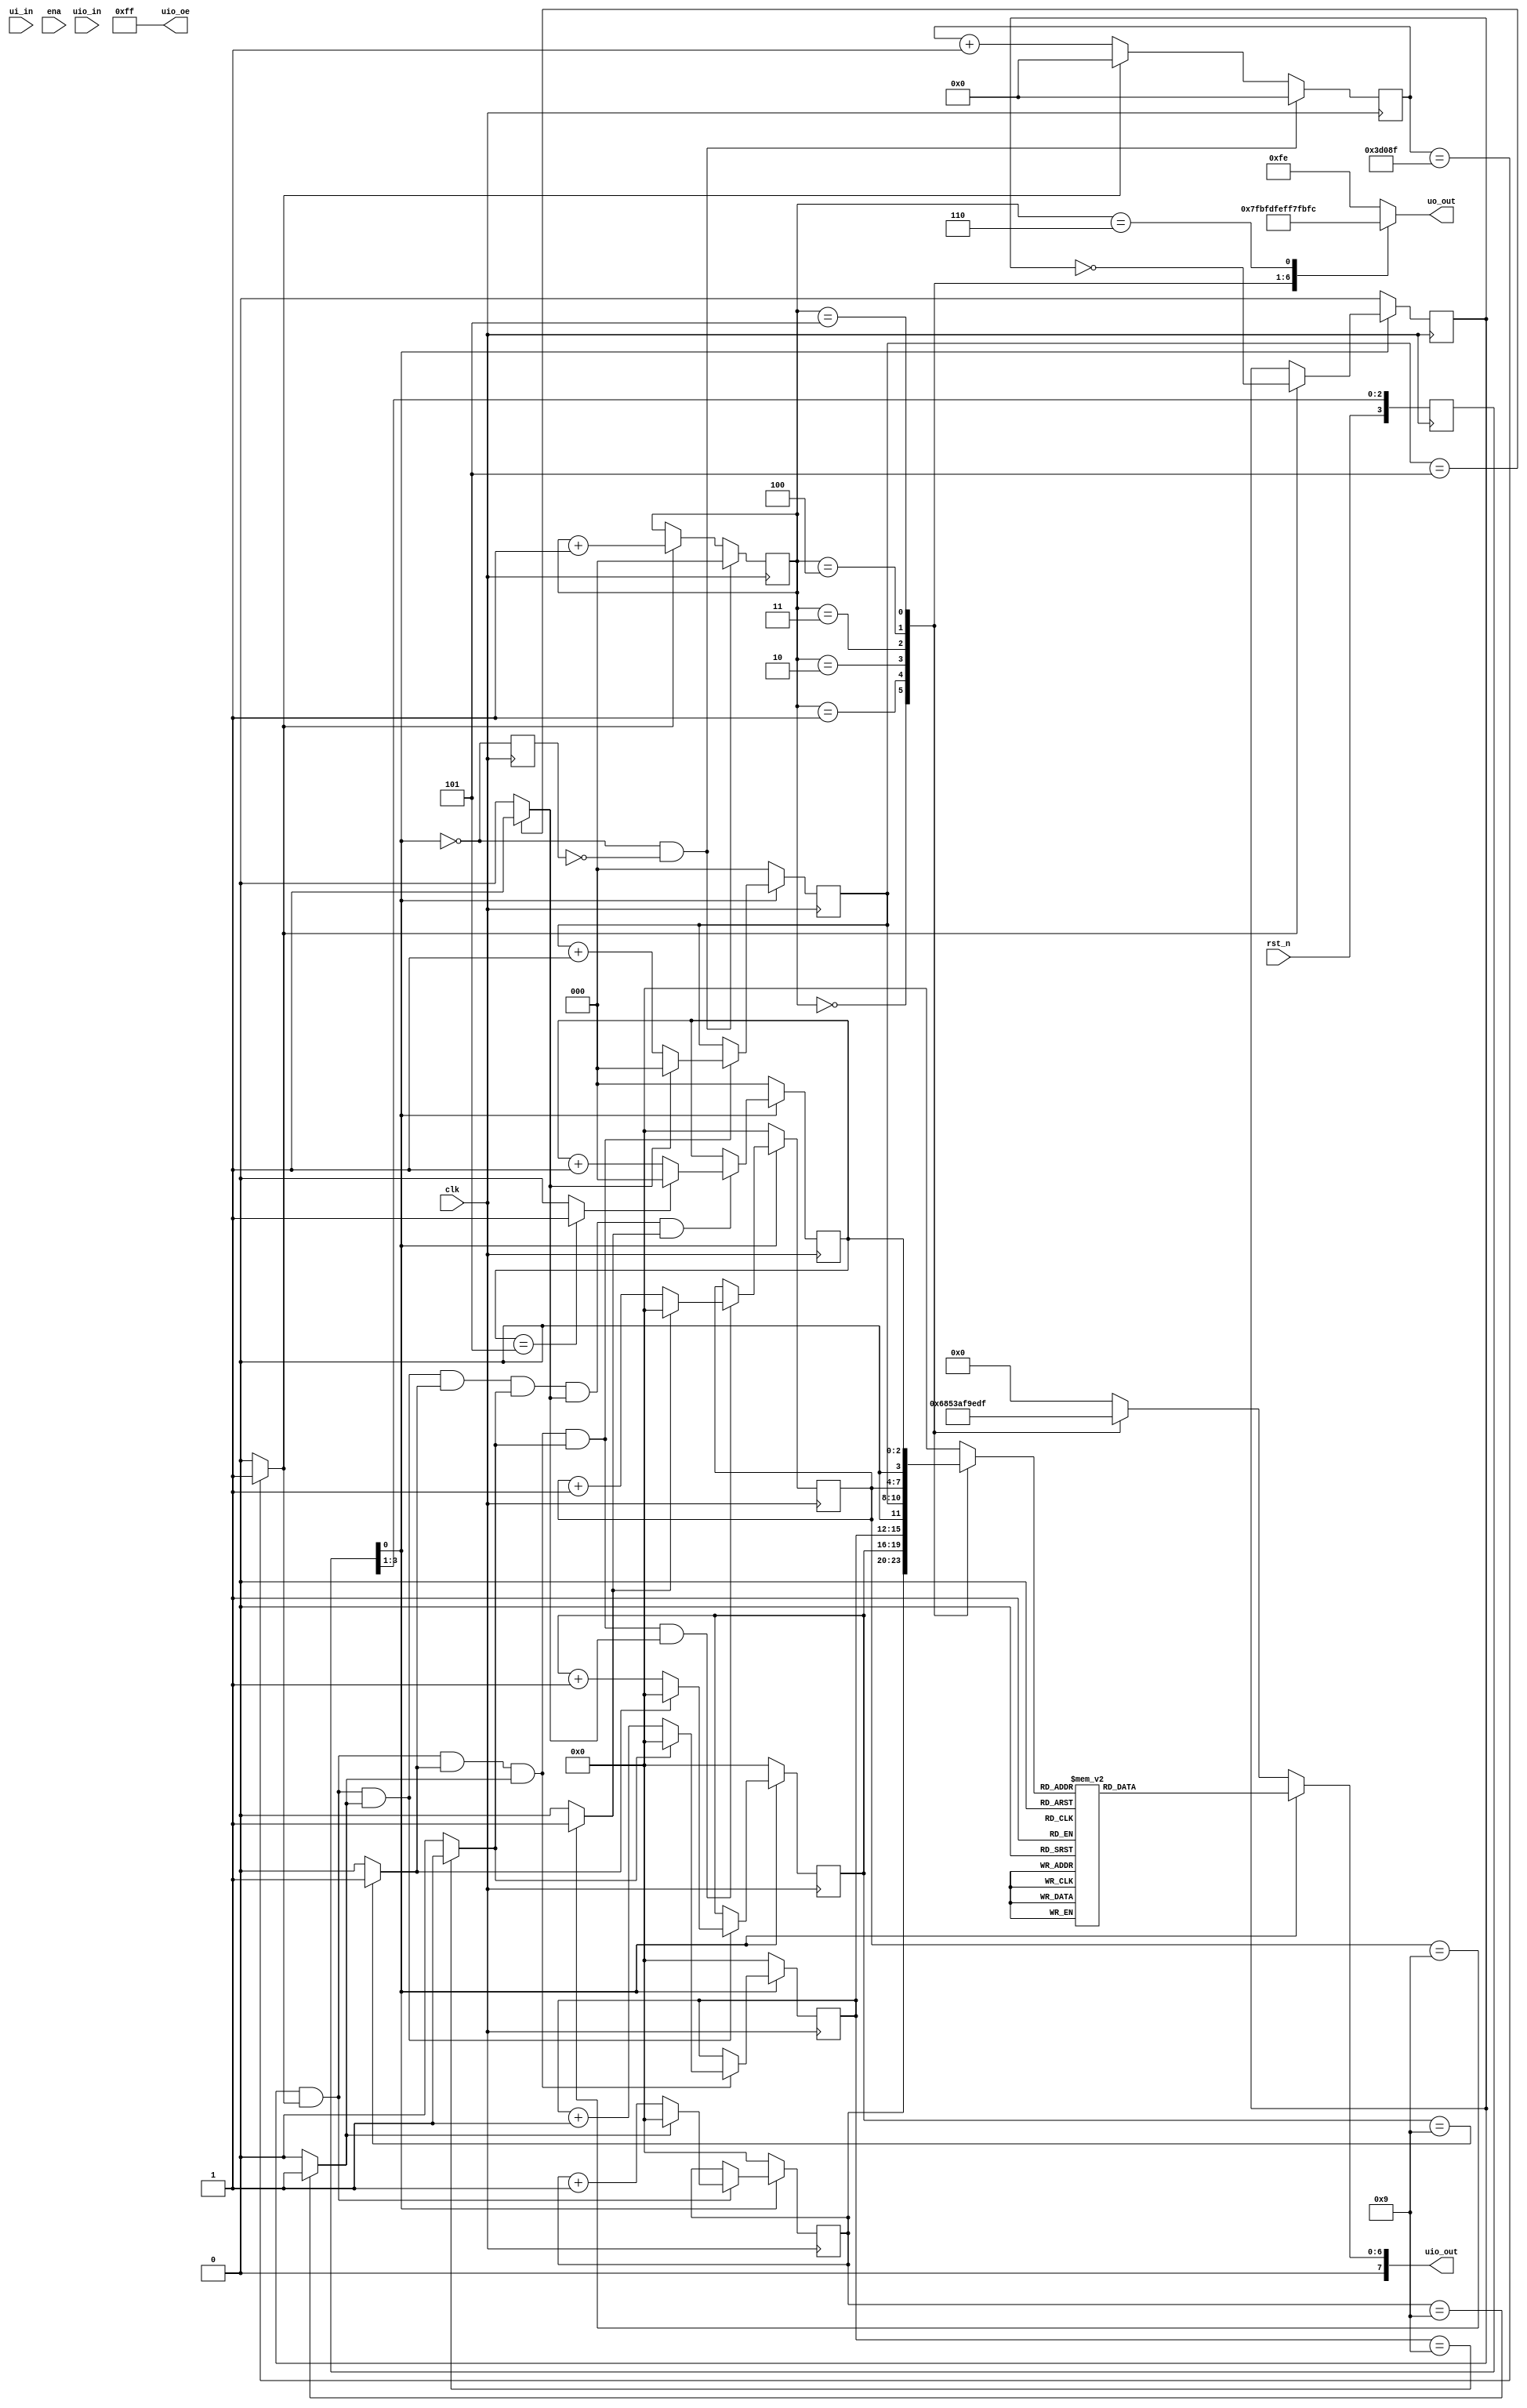
module tt_um_carlosgs99_cro_udg (
    input  wire [7:0] ui_in,  // Dedicated inputs - connected to the input switches
    output wire [7:0] uo_out, // Dedicated outputs - connected to the 7 segment display
    input  wire [7:0] uio_in, // IOs: Bidirectional Input path
    output wire [7:0] uio_out,// IOs: Bidirectional Output path
    output wire [7:0] uio_oe, // IOs: Bidirectional Enable path (active high: 0=input, 1=output)
    input  wire       ena,    // will go high when the design is enabled
    input  wire       clk,    // clock
    input  wire       rst_n   // reset_n - low to reset
);

//DECLARACION DE SEALES INTERNAS
//----reset
    reg [0:3] rst_n_meta;
    wire rst;
    reg rst_r;
    wire rst_edge;
//----boton start/stop
    reg [0:3] bt_meta;
    wire bt_me;
    reg [17:0] cont50;
    wire pls50;
    reg ff100;
    wire pls100;
    reg [2:0] conth;
    wire conth_z;
    wire bt_h;
    reg bt_h_r;
    wire bt_edge;
    reg ff_go;
    wire pls100go;

//----contadores
    reg [3:0] cent_u,cent_d,seg_u,min_u;
    reg [2:0] seg_d,min_d;
    wire cent_u_max,cent_d_max,seg_u_max,seg_d_max,min_u_max,min_d_max;

//-----deco 7 segmentos
    reg [2:0] cnt_sel;
    reg [3:0] bcd_mux;
    reg [0:6] seg7mux;
    reg [0:7] cat8;
    reg [0:6] ch_rst;
    wire [0:6] seg7;

///// CONEXIONES CON PUERTOS /////
    assign bt_ent = ui_in[0];
    assign uo_out = cat8;
    assign uio_oe[7:0] = 8'b1111_1111;  //All bidirectional paths used as outputs
    assign uio_out = {1'b0,seg7};

///// M E T A E S T A B I L I D A D   Y   B O T O N E S /////
//-----------------Metaestabilidad de rst_n--------------------
    always @(posedge clk)
        rst_n_meta[0:3] <= {rst_n,rst_n_meta[0:2]};
    assign rst = ~rst_n_meta[3];
//--------------rst_edge : flanco de rst_h----------------------
    always @(posedge clk)
        rst_r <= rst;
    assign rst_edge = rst & ~rst_r;

//------------------Metaestabilidad de bt_ent-----------------
    always @(posedge clk)
        bt_meta[0:3] <= {bt_ent,bt_meta[0:2]};
    assign bt_me = bt_meta[3];

//---------------Generador de seal pls100------------------
    always @(posedge clk)
    begin
        if ( rst_edge )
            cont50 <= 0;
        else if ( pls50 )
            cont50 <= 0;
        else
            cont50 <= cont50 + 1;
    end

    assign pls50 = (cont50 == 18'b11_1101_0000_1000_1111) ? 1 : 0;

    always @(posedge clk)
    begin
        if ( rst )
            ff100 <= 0;
        else if ( pls50 )
            ff100 <= ~ff100;
    end
    assign pls100 = ff100 & pls50;

//------------------------Histeresis bt_h-----------------------
    always @(posedge clk)
    begin
        if ( rst )
            conth <= 3'b000;
        else if ( bt_me )
            conth <= 3'b101;
        else if ( pls100 && !conth_z ) //Si hay pulso100 y conth an no es cero
            conth <= conth - 1;
    end
    assign conth_z = (conth == 3'b000) ? 1 : 0;
    assign bt_h = ~conth_z; //bt_h es 1 mientras el contador conth no es cero
//--------------bt_edge : flanco de bt_h----------------------
    always @(posedge clk)
        bt_h_r <= bt_h;
    assign bt_edge = bt_h & ~bt_h_r;

//------------------Proceso ff_go----------------------------
    always @(posedge clk)
    begin
        if ( rst )
            ff_go = 1'b0;
        else if ( bt_edge )
            ff_go = ~ff_go;
    end
//Al presionar el boton el ff se invierte, iniciando o parando los contadores
//Si ff_go =1, la seal pls100go activa los contadores
    assign pls100go = pls100 & ff_go;

///// C O N T A D O R E S /////
//Control de salidas-------------------------------------------------------------
    assign cent_u_max = (cent_u == 9) ? 1 : 0;
    assign cent_d_max = (cent_d == 9) ? 1 : 0;
    assign seg_u_max  = (seg_u  == 9) ? 1 : 0;
    assign seg_d_max  = (seg_d  == 5) ? 1 : 0;
    assign min_u_max  = (min_u  == 9) ? 1 : 0;
    assign min_d_max  = (min_d  == 5) ? 1 : 0;
//Control de unidades de centenas de segundo--------------------------------------
    always@(posedge clk)
    begin
        if(rst)
            cent_u = 0;
        else if(pls100)
        begin
            if(cent_u_max)
                cent_u = 0;
            else
                cent_u = cent_u+1;
        end
    end
//Control de decenas de centenas de segundo--------------------------------------
    always@(posedge clk)
    begin
        if(rst)
            cent_d = 0;
        else if(pls100 & cent_u_max)
        begin
            if(cent_d_max)
                cent_d = 0;
            else
                cent_d=cent_d+1;
        end
    end
//Control de unidades de segundo-------------------------------------------------
    always@(posedge clk)
    begin
        if(rst)
            seg_u = 0;
        else if(pls100 & cent_d_max & cent_u_max)
        begin
            if(seg_u_max )
                seg_u = 0;
            else
                seg_u = seg_u+1;
        end
    end
//Control de decenas de segundo--------------------------------------------------
    always@(posedge clk)
    begin
        if(rst)
            seg_d = 0;
        else if(pls100 & cent_d_max & cent_u_max & seg_u_max)
        begin
            if(seg_d_max )
                seg_d = 0;
            else
                seg_d = seg_d+1;
        end
    end
//Control de unidades de minuto-------------------------------------------------
    always@(posedge clk)
    begin
        if(rst)
            min_u = 0;
        else if(pls100 & cent_d_max & cent_u_max & seg_u_max & seg_d_max)
        begin
            if(min_u_max )
                min_u = 0;
            else
                min_u = min_u+1;
        end
    end
//Control de decenas de minuto--------------------------------------------------
    always@(posedge clk)
    begin
        if(rst)
            min_d = 0;
        else if(pls100 & cent_u_max & cent_d_max & seg_u_max & seg_d_max & min_u_max )
        begin
            if(min_d_max )
                min_d = 0;
            else
                min_d = min_d+1;
        end
    end

///// S E G 7 D E C O /////
//Contador para alternar caracteres a exhibir en el tiempo
    always @(posedge clk)
    begin
        if ( rst_edge )
            cnt_sel <= 3'b000;
        else if ( pls50 )
            cnt_sel <= cnt_sel + 1;
    end

//Multiplexor de 8 a 1, para entradas bcd
    always @(*)
    begin
        case ( cnt_sel )
            3'b000 : bcd_mux = cent_u;       
            3'b001 : bcd_mux = cent_d;       
            3'b010 : bcd_mux = seg_u;        
            3'b011 : bcd_mux = {1'b0,seg_d}; 
            3'b100 : bcd_mux = min_u;        
            3'b101 : bcd_mux = {1'b0,min_d}; 
            3'b110 : bcd_mux = 4'b0;            
            default: bcd_mux = 4'b0;           
        endcase
    end

//Decodificacion BCD a 7 segmentos
    always @(*)
    begin
        case ( bcd_mux )        // abcd_efg
            4'b0000 : seg7mux = {7'b1111_110} ; // 0
            4'b0001 : seg7mux = {7'b0110_000} ; // 1
            4'b0010 : seg7mux = {7'b1101_101} ; // 2
            4'b0011 : seg7mux = {7'b1111_001} ; // 3
            4'b0100 : seg7mux = {7'b0110_011} ; // 4
            4'b0101 : seg7mux = {7'b1011_011} ; // 5
            4'b0110 : seg7mux = {7'b1011_111} ; // 6
            4'b0111 : seg7mux = {7'b1110_000} ; // 7
            4'b1000 : seg7mux = {7'b1111_111} ; // 8
            4'b1001 : seg7mux = {7'b1111_011} ; // 9
            4'b1010 : seg7mux = {7'b1110_111} ; // A
            4'b1011 : seg7mux = {7'b0011_111} ; // b
            4'b1100 : seg7mux = {7'b1001_110} ; // C
            4'b1101 : seg7mux = {7'b0111_101} ; // d
            4'b1110 : seg7mux = {7'b1001_111} ; // E
            default : seg7mux = {7'b1000_111} ; // F
        endcase
    end

//Decodificador de 3 a 8, catodos activos en bajo
    always @(*)
    begin
        case ( cnt_sel )
            3'b000 : cat8 = 8'b01111111 ; 
            3'b001 : cat8 = 8'b10111111 ; 
            3'b010 : cat8 = 8'b11011111 ; 
            3'b011 : cat8 = 8'b11101111 ; 
            3'b100 : cat8 = 8'b11110111 ; 
            3'b101 : cat8 = 8'b11111011 ; 
            3'b110 : cat8 = 8'b11111101 ; 
            default: cat8 = 8'b11111110 ;
        endcase
    end

//Multiplexor de 8 a 1, caracteres de mensaje durante rst
    always @(*)
    begin
        case ( cnt_sel )
                              // abcd_efg
            3'b000 : ch_rst = 7'b0001_101 ; // c        
            3'b001 : ch_rst = 7'b0000_101 ; // r        
            3'b010 : ch_rst = 7'b0011_101 ; // o        
            3'b011 : ch_rst = 7'b0111_110 ; // U        
            3'b100 : ch_rst = 7'b0111_101 ; // d        
            3'b101 : ch_rst = 7'b1011_111 ; // G        
            3'b110 : ch_rst = 7'b0000_000 ; // NO USADO 
            default: ch_rst = 7'b0000_000 ; // NO USADO
        endcase
    end

//Multiplexor de 2 a 1, selecciona entre seg7mux y ch_rst
    assign seg7 = (rst) ? ch_rst : seg7mux ;

endmodule